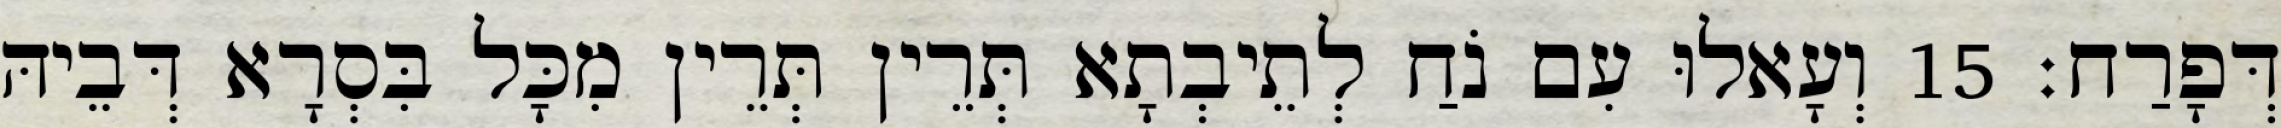
דְּפָרַח׃ 15 וְעָאלוּ עִם נֹחַ לְתֵיבְתָא תְּרֵין תְּרֵין מִכָּל בִּסְרָא דְּבֵיהּ